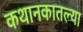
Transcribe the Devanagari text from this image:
कथानकातल्या